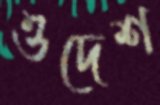
ওদেশ